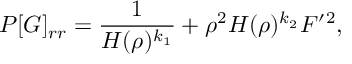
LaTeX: P [ G ] _ { r r } = \frac { 1 } { H ( \rho ) ^ { k _ { 1 } } } + \rho ^ { 2 } H ( \rho ) ^ { k _ { 2 } } F ^ { \prime } { } ^ { 2 } ,